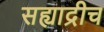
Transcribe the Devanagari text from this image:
सह्याद्रीच